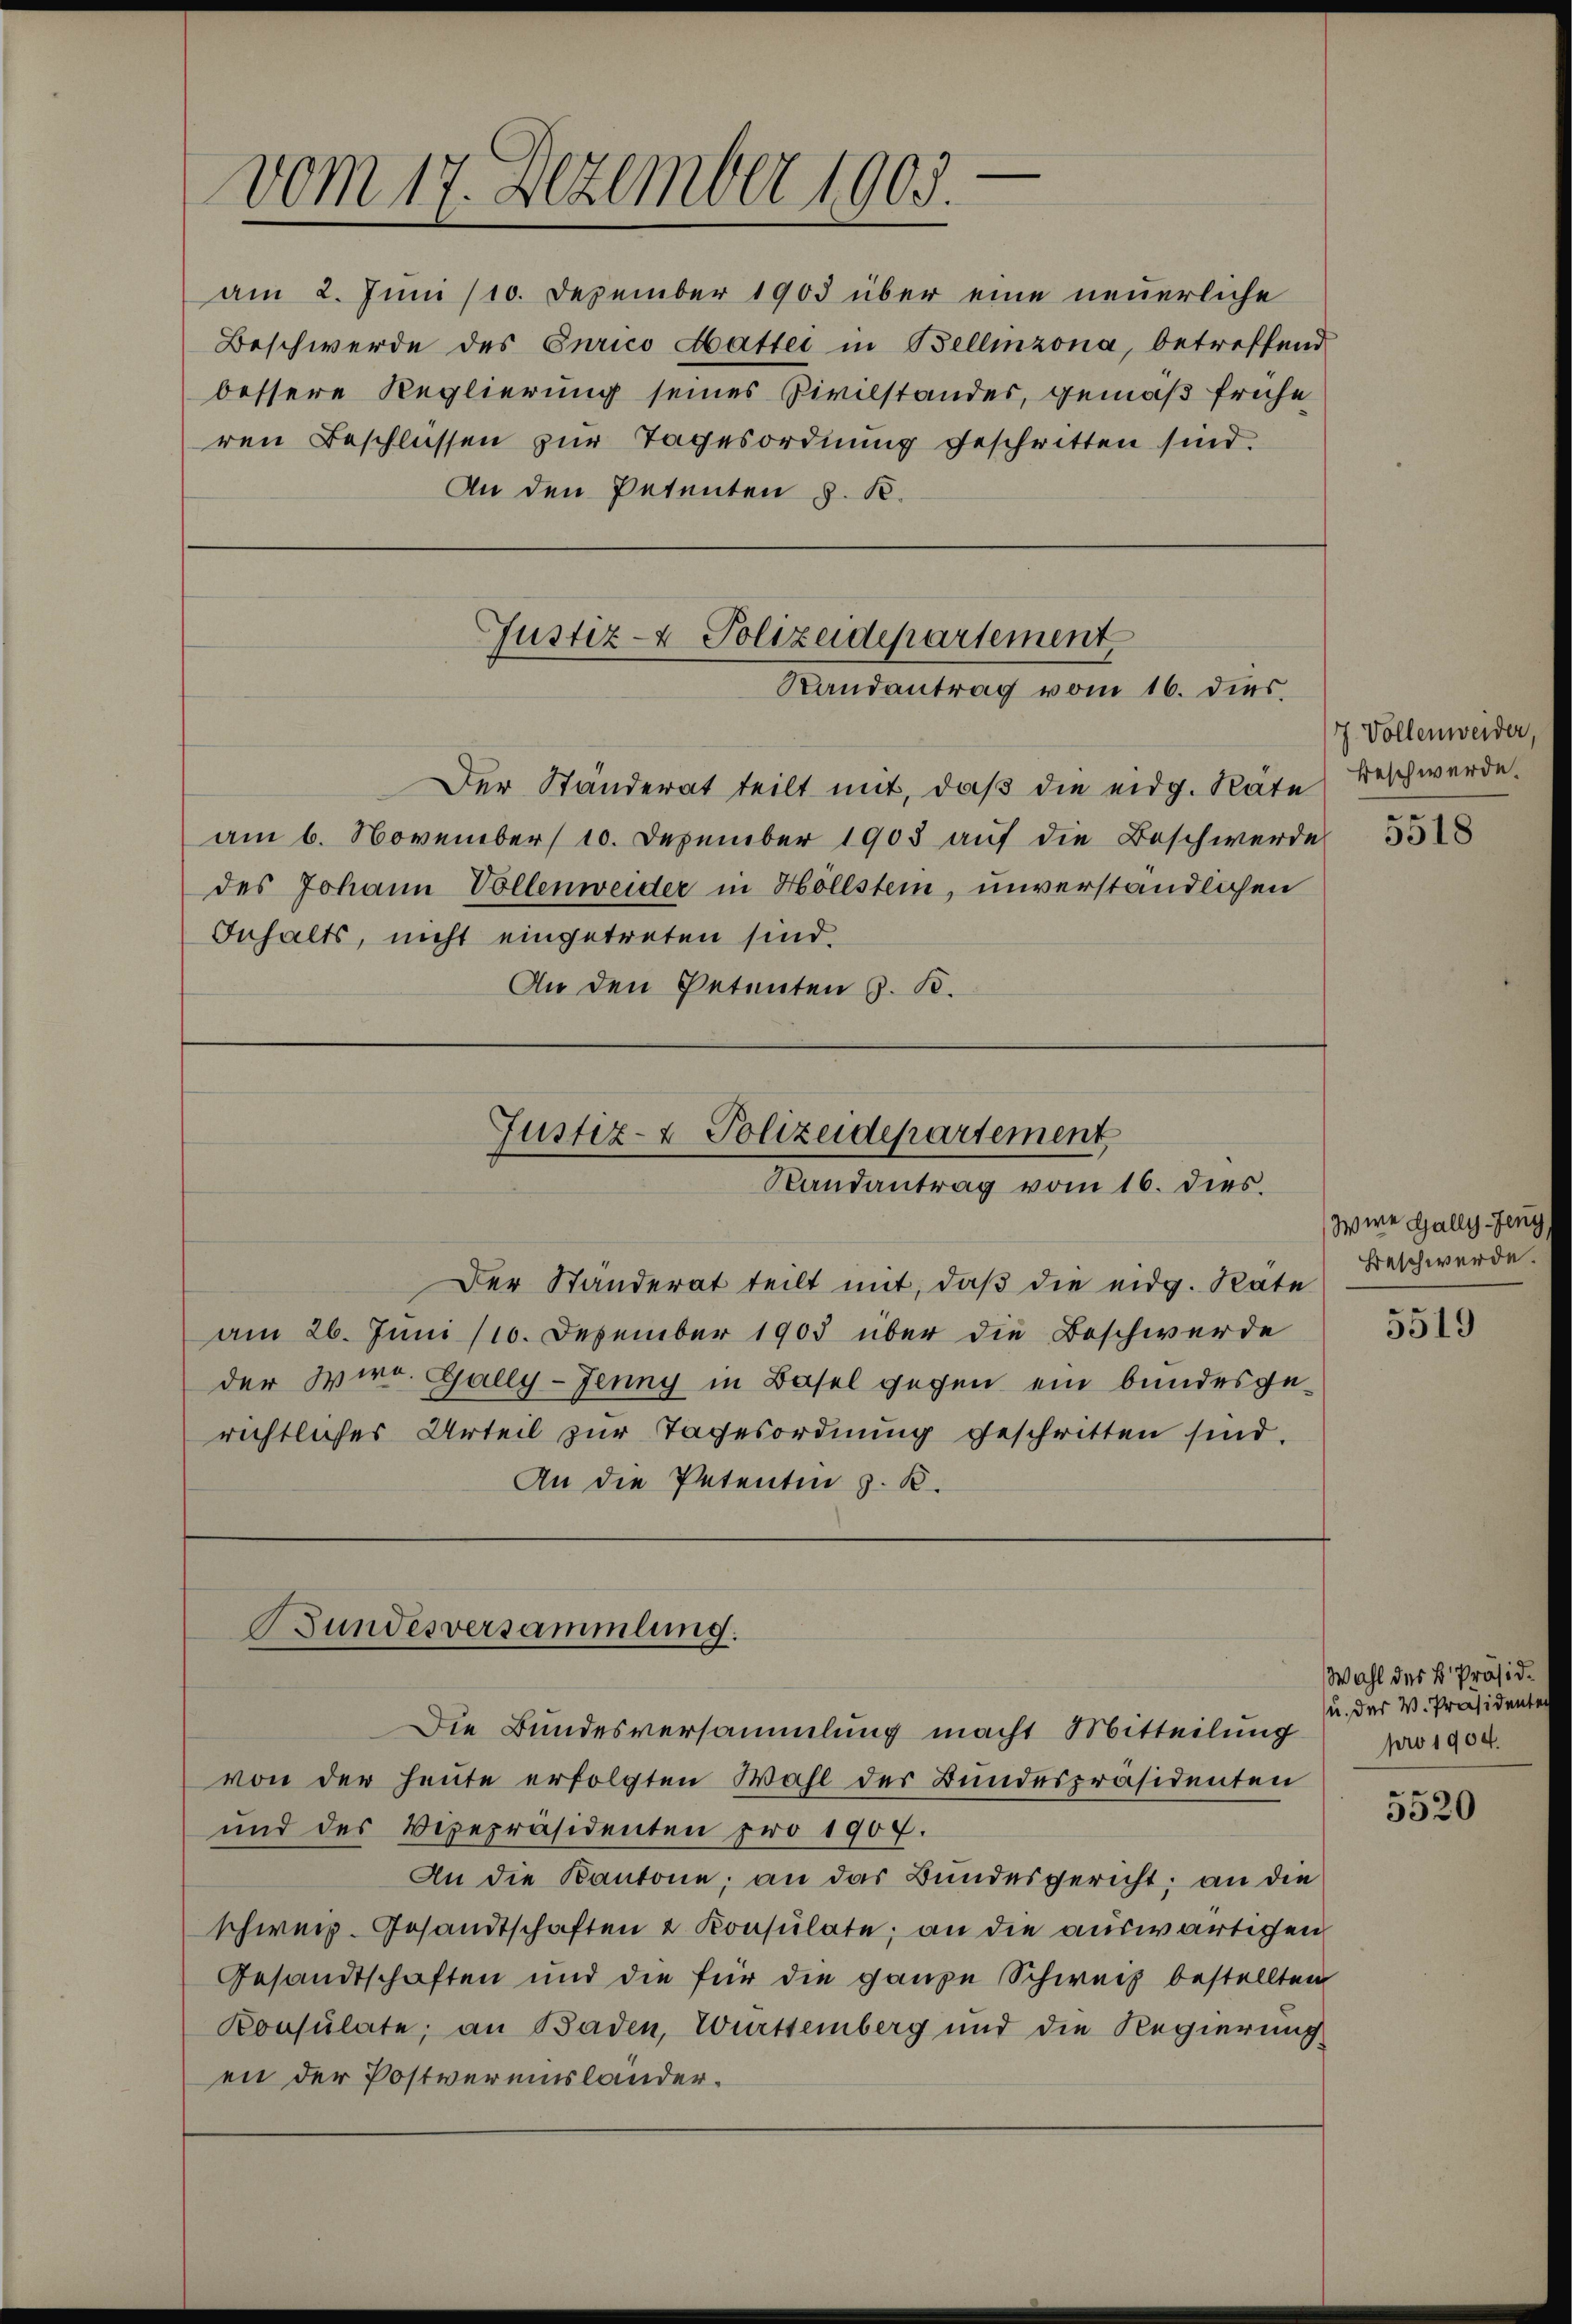
vom 17. Dezember 1905.

am 2. Juni /10. Dezember 1903 über eine neuerliche
Beschwerde des Curico Abatter in Bellinzona, betreffend
bessere Reglierung seines Civilstandes, gemäß frühe
ren Beschlüssen zur Tagesordnung geschritten sind.
An den Petenten §. K.

Der Ständerat teilt mit, daß die eidg. Räte Beschwerde.
am 6. November 10. Dezember 1903 auf die Beschwerde
des Johann Vollenweider in Höllstein, unverständlichen
Inhalts, nicht eingetreten sind.
An den Petenten z. B.

Justiz- & Polizeidepartement
Randantrag vom 16. dies

Justiz- & Polizeidepartement
Randantrag vom 16. dies.

Bundesversammlung.

Der Standerat teilt mit, daß die eidg. Rate
am 26. Juni 110. Dezember 1903 über die Beschwerde
der wird. Gally-Jenny in Basel gegen ein bundesgerichtliches Urteil zur Tagesordnung geschritten sind.
An die Petenten z. K.

Die Bundesversammlung macht Mitteilung
von der heute erfolgten Wahl des Bundespräsidenten
und des Verepräsidenten pro 1907.
An die Kantone; an das Bundesgericht; an die
schweiz. Gesandtschaften & Konsulate; an die auswärtigen
Gesandtschaften und die für die ganze Schweiz bestellten
Konsulate; an Baden, Württemberg und die Regierung
en der Postvereinslander¬

7 Vollenweider,

5518

Wire Gally-Jeny
Beschwerde.

5519

Wahl des k. Präsid.
u. der V. Präsidenten
pro 1904.

s
5520